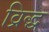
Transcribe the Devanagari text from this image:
व्रिद्ध